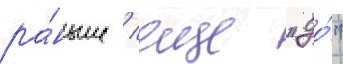
ра́ньше / еще "до́"